Vaccination United Provinces of Agra and Oudh 1902-1913 - 1902-1913
Year: 1902
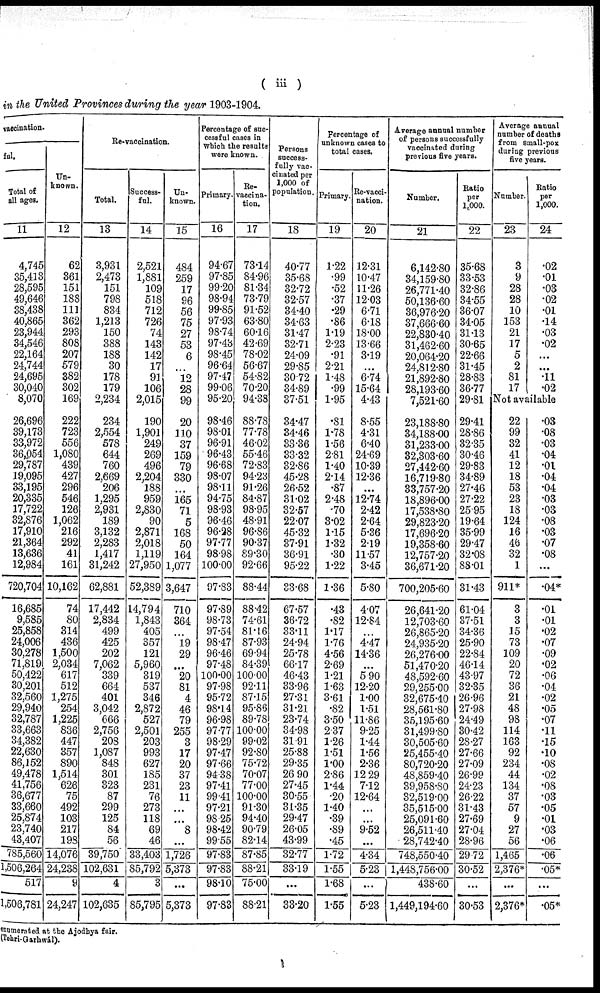
( iii)
in the United Provinces during the year 1903-1904.
vaccination.
ful.
Total of
all ages.
11
4,745
35,413
28,595
49,646
38,438
40,865
23,944
34,546
22,164
24,744
24,695
30,040
8,070
26,696
39,173
33,972
36,054
29,787
19,095
33,195
20,335
17,722
32,876
17,910
21,364
13,636
12,984
720,704
16,685
9,585
25,858
24,006
30,278
71,819
50,422
30,201
32,560
29,940
32,787
33,663
34,382
22,630
86,152
49,478
41,756
36,677
33,660
25,874
23,740
43,407
785,560
1,506,264
517
1,506,781
Un-
known.
12
62
361
151
188
111
362
293
808
207
579
382
302
169
222
723
556
1,080
439
427
296
546
126
1,062
216
292
41
161
10,162
74
80
314
436
1,500
2,034
617
512
1,275
254
1,225
836
447
357
890
1,514
626
75
492
103
217
198
14,076
24,238
9
24,247
Re-vaccination.
Total.
13
3,931
2,473
151
798
834
1,213
150
388
188
30
178
179
2,234
234
2,554
578
644
760
2,669
206
1,295
2,931
189
3,132
2,283
1,417
31,242
62,881
17,442
2,834
499
425
202
7,062
339
664
401
3,042
666
2,756
208
1,087
848
301
323
87
299
125
84
56
39,750
102,631
4
102,635
Success-
ful.
14
2,521
1,881
109
518
712
726
74
143
142
17
91
106
2,015
190
1,901
249
269
496
2,204
188
959
2,830
90
2,871
2,018
1,119
27,950
52,389
14,794
1,843
405
357
121
5,960
319
537
346
2,872
527
2,501
203
993
627
185
231
76
273
118
69
46
33,403
85,792
3
85,795
Un-
known.
15
484
259
17
96
56
75
27
53
6
...
12
28
99
20
110
37
159
79
330
...
165
71
5
168
50
164
1,077
3,647
710
364
...
19
29
...
20
81
4
46
79
255
3
17
20
37
23
11
...
...
8
...
1,726
5,373
...
5,373
Percentage of suc-
cessful cases in
Which the results
were known.
Primary.
16
94.67
97.85
99.20
98.94
99.85
97.93
98.74
97.43
98.45
96.64
97.47
99.06
95.20
98.46
98.01
96.91
96.43
96.68
98.07
98.11
94.75
98.93
96.46
96.28
97.77
98.98
100.00
97.83
97.89
98.73
97.54
98.47
96.46
97.48
100.00
97.98
95.72
98.14
96.98
97.77
98.29
97.47
97.66
94.38
97.41
99.41
97.21
98.25
98.42
99.55
97.83
97.83
98.10
97.83
Re¬
vaccina-
tion.
17
73.14
84.96
81.34
73.79
91.52
63.80
60.16
42.69
78.02
56.67
54.82
70.20
94.38
88.78
77.78
46.02
55.46
72.83
94.23
91.26
84.87
98.95
48.91
96.86
90.37
89.30
92.66
88.44
88.42
74.61
81.16
87.93
69.94
84.39
100.00
92.11
87.15
95.86
89.78
100.00
99.02
92.80
75.72
70.07
77.00
100.00
91.30
94.40
90.79
82.14
87.85
88.21
75.00
88.21
Persons
success-
fully vac-
cinated per
1,000 of
population.
18
40.77
35.68
32.72
32.57
34.40
34.63
31.47
32.71
24.09
29.85
30.72
34.89
37.51
34.47
34.46
33.36
33.32
32.86
45.28
26.52
31.02
32.57
22.07
45.32
37.91
36.91
95.22
33.68
67.57
36.72
33.11
24.94
25.78
66.17
46.43
33.96
27.31
31.21
23.74
34.98
31.91
25.88
29.35
26.90
27.45
30.55
31.35
29.47
26.05
43.99
32.77
33.19
...
33.20
Percentage of
unknown cases to
total cases.
Primary.
19
1.22
.99
.52
.37
.29
.86
1.19
2.23
.91
2.21
1.48
.99
1.95
.81
1.78
1.56
2.81
1.40
2.14
.87
2.48
.70
3.02
1.15
1.32
.30
1.22
1.36
.43
.82
1.17
1.76
4.56
2.69
1.21
1.63
3.61
.82
3.50
2.37
1.26
1.51
1.00
2.86
1.44
.20
1.40
.39
.89
.45
1.72
1.55
1.68
1.55
Re-vacci-
nation.
20
12.31
10.47
11.26
12.03
6.71
6.18
18.00
13.66
3.19
...
6.74
15.64
4.43
8.55
4.31
6.40
24.69
10.39
12.36
...
12.74
2.42
2.64
5.36
2.19
11.57
3.45
5.80
4.07
12.84
...
4.47
14.36
...
5.90
12.20
1.00
1.51
11.86
9.25
1.44
1.56
2.36
12.29
7.12
12.64
...
...
9.52
...
4.34
5.23
...
5.23
Average annual number
of persons successfully
vaccinated during
previous five years.
Number.
21
6,142.80
34,159.80
26,771.40
50,136.60
36,976.20
37,666.60
22,830.40
31,462.60
20,064.20
24,812.80
21,892.80
28,193.60
7,521.60
23,188.80
34,188.00
31,233.00
32,303.60
27,442.60
16,719.80
33,757.20
18,896.00
17,538.80
29,823.20
17,696.20
19,358.60
12,757.20
36,671.20
700,205.60
26,641.20
12,703.60
26,865.20
24,935.20
26,276.00
51,470.20
48,592.60
29,255.00
32,675.40
28,561.80
35,195.60
31,499.80
30,505.60
25,455.40
80,720.20
48,859.40
39,958.80
32,519.00
35,515.00
25,091.60
26,511.40
28,742.40
748,550.40
1,448,756.00
438.60
1,449,194.60
Ratio
per
1,000.
22
35.68
33.53
32.86
34.55
36.07
34.05
31.13
30.65
22.66
31.45
28.83
36.77
29.81
29.41
28.86
32.35
30.46
29.83
34.89
27.46
27.22
25.95
19.64
35.99
29.47
32.08
88.01
31.43
61.04
37.51
34.36
25.90
22.84
46.14
43.97
32.35
26.96
27.98
24.49
30.42
28.27
27.66
27.09
26.99
24.23
26.22
31.43
27.69
27.04
28.96
29.72
30.52
...
30.53
Average annual
number of deaths
from small-pox
during previous
five years.
Number.
23
3
9
28
28
10
153
21
17
5
2
81
17
Ratio
per
1,000.
24
.02
.01
.03
.02
.01
.14
.03
.02
...
...
.11
.02
Not available
22
99
32
41
12
18
53
23
18
124
16
46
32
1
911*
3
3
15
73
109
20
72
36
21
48
98
114
163
92
234
44
134
37
57
9
27
56
1,465
2,376*
...
2,376*
.03
.08
.03
.04
.01
.04
.04
.03
.03
.08
.03
.07
.08
...
.04*
.01
.01
.02
.07
.09
.02
.06
.04
.02
.05
.07
.11
.15
.10
.08
.02
.08
.03
.05
.01
.03
.06
.06
.05*
...
.05*
enumerated at the Ajodhya fair.
(Tehri-Garhwál).